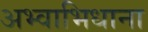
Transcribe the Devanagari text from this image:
अभ्वाभिधाना